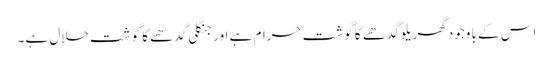
اس کے باوجود گھریلو گدھے کا گوشت حرام ہے اور جنگلی گدھے کا گوشت حلال ہے۔